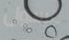
غسول